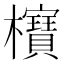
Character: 𣠦